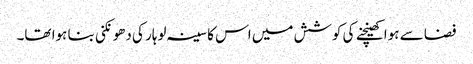
فضا سے ہوا کھینچنے کی کوشش میں اس کا سینہ لوہار کی دھونکنی بنا ہوا تھا۔